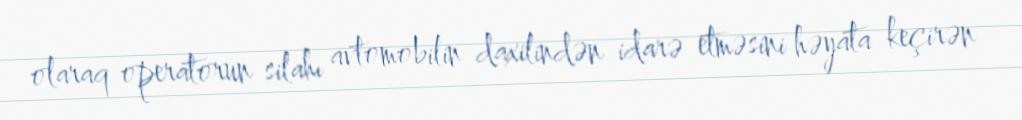
olaraq operatorun silahı avtomobilin daxilindən idarə etməsini həyata keçirən